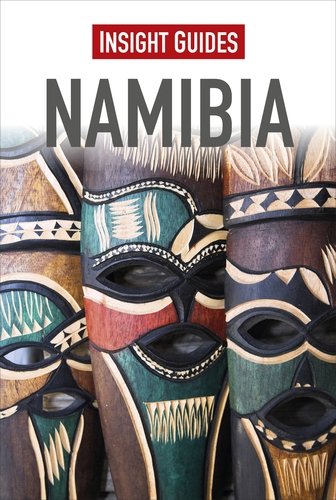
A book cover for Insight Guides: Namibia; Insight Guides; Travel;